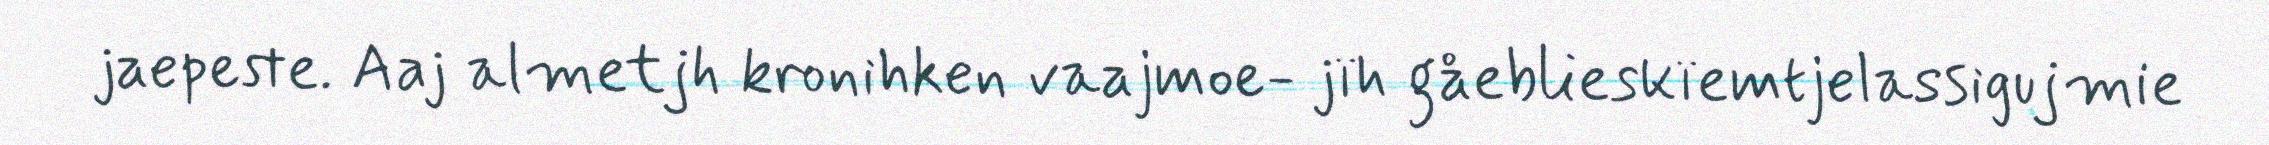
jaepeste. Aaj almetjh kronihken vaajmoe- jïh gåeblieskïemtjelassigujmie